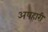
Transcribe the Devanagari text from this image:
अपहारी